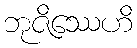
ဘုဇိဿေဟိ